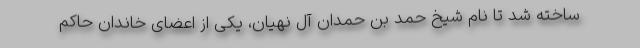
ساخته شد تا نام شیخ حمد بن حمدان آل نهیان، یکی از اعضای خاندان حاکم